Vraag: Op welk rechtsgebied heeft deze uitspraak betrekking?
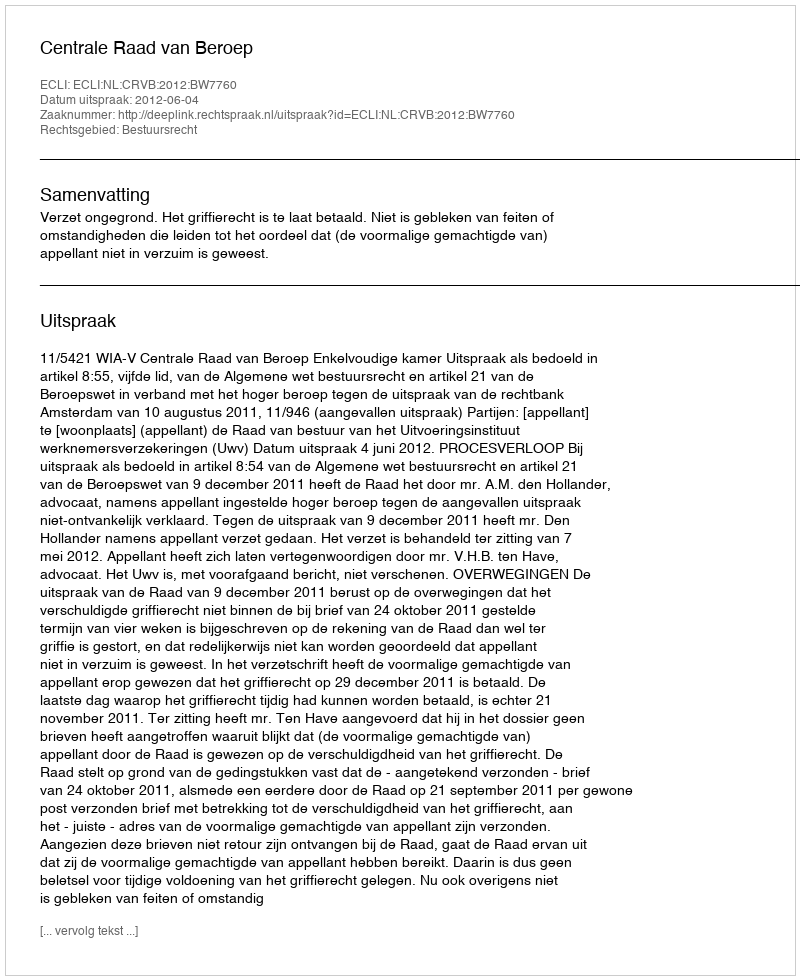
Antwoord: Bestuursrecht